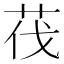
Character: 茷